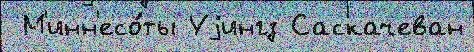
 М'инн'есо́ты Уjингз Саскачеван